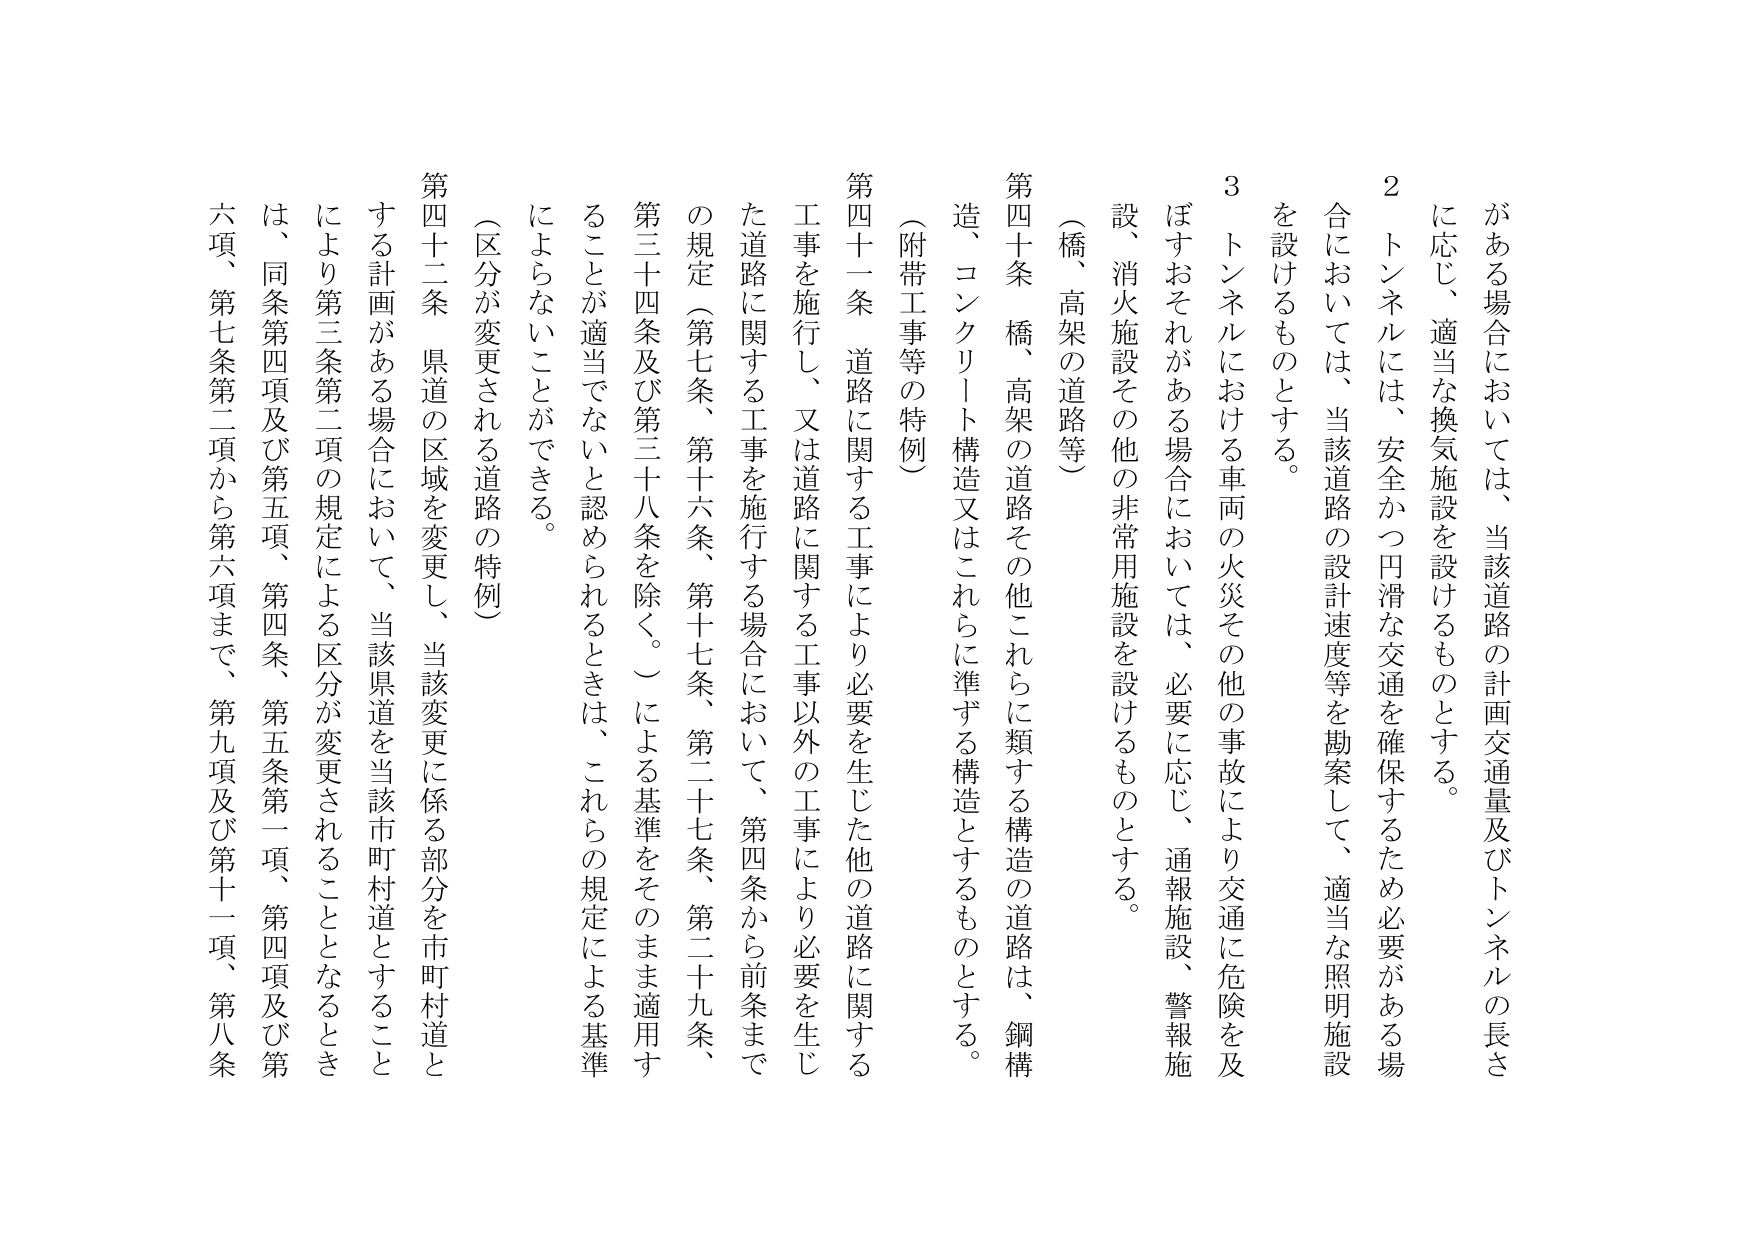
がある場合においては、当該道路の計画交通量及びトンネルの長さに応じ、適当な換気施設を設けるものとする。

２ トンネルには、安全かつ円滑な交通を確保するため必要がある場合においては、当該道路の設計速度等を勘案して、適当な照明施設を設けるものとする。

３ トンネルにおける車両の火災その他の事故により交通に危険を及ぼすおそれがある場合においては、必要に応じ、通報施設、警報施設、消火施設その他の非常用施設を設けるものとする。

（橋、高架の道路等）

第四十条 橋、高架の道路その他これらに類する構造の道路は、鋼構造、コンクリート構造又はこれらに準ずる構造とするものとする。

（附帯工事等の特例）

第四十一条 道路に関する工事により必要を生じた他の道路に関する工事を施行し、又は道路に関する工事以外の工事により必要を生じた道路に関する工事を施行する場合において、第四条から前条までの規定（第七条、第十六条、第十七条、第二十七条、第二十九条、第三十四条及び第三十八条を除く。）による基準をそのまま適用することが適当でないと認められるときは、これらの規定による基準によらないことができる。

（区分が変更される道路の特例）

第四十二条 県道の区域を変更し、当該変更に係る部分を市町村道とする計画がある場合において、当該県道を当該市町村道とすることにより第三条第二項の規定による区分が変更されることとなるときは、同条第四項及び第五項、第四条、第五条第一項、第四項及び第六項、第七条第二項から第六項まで、第九項及び第十一項、第八条